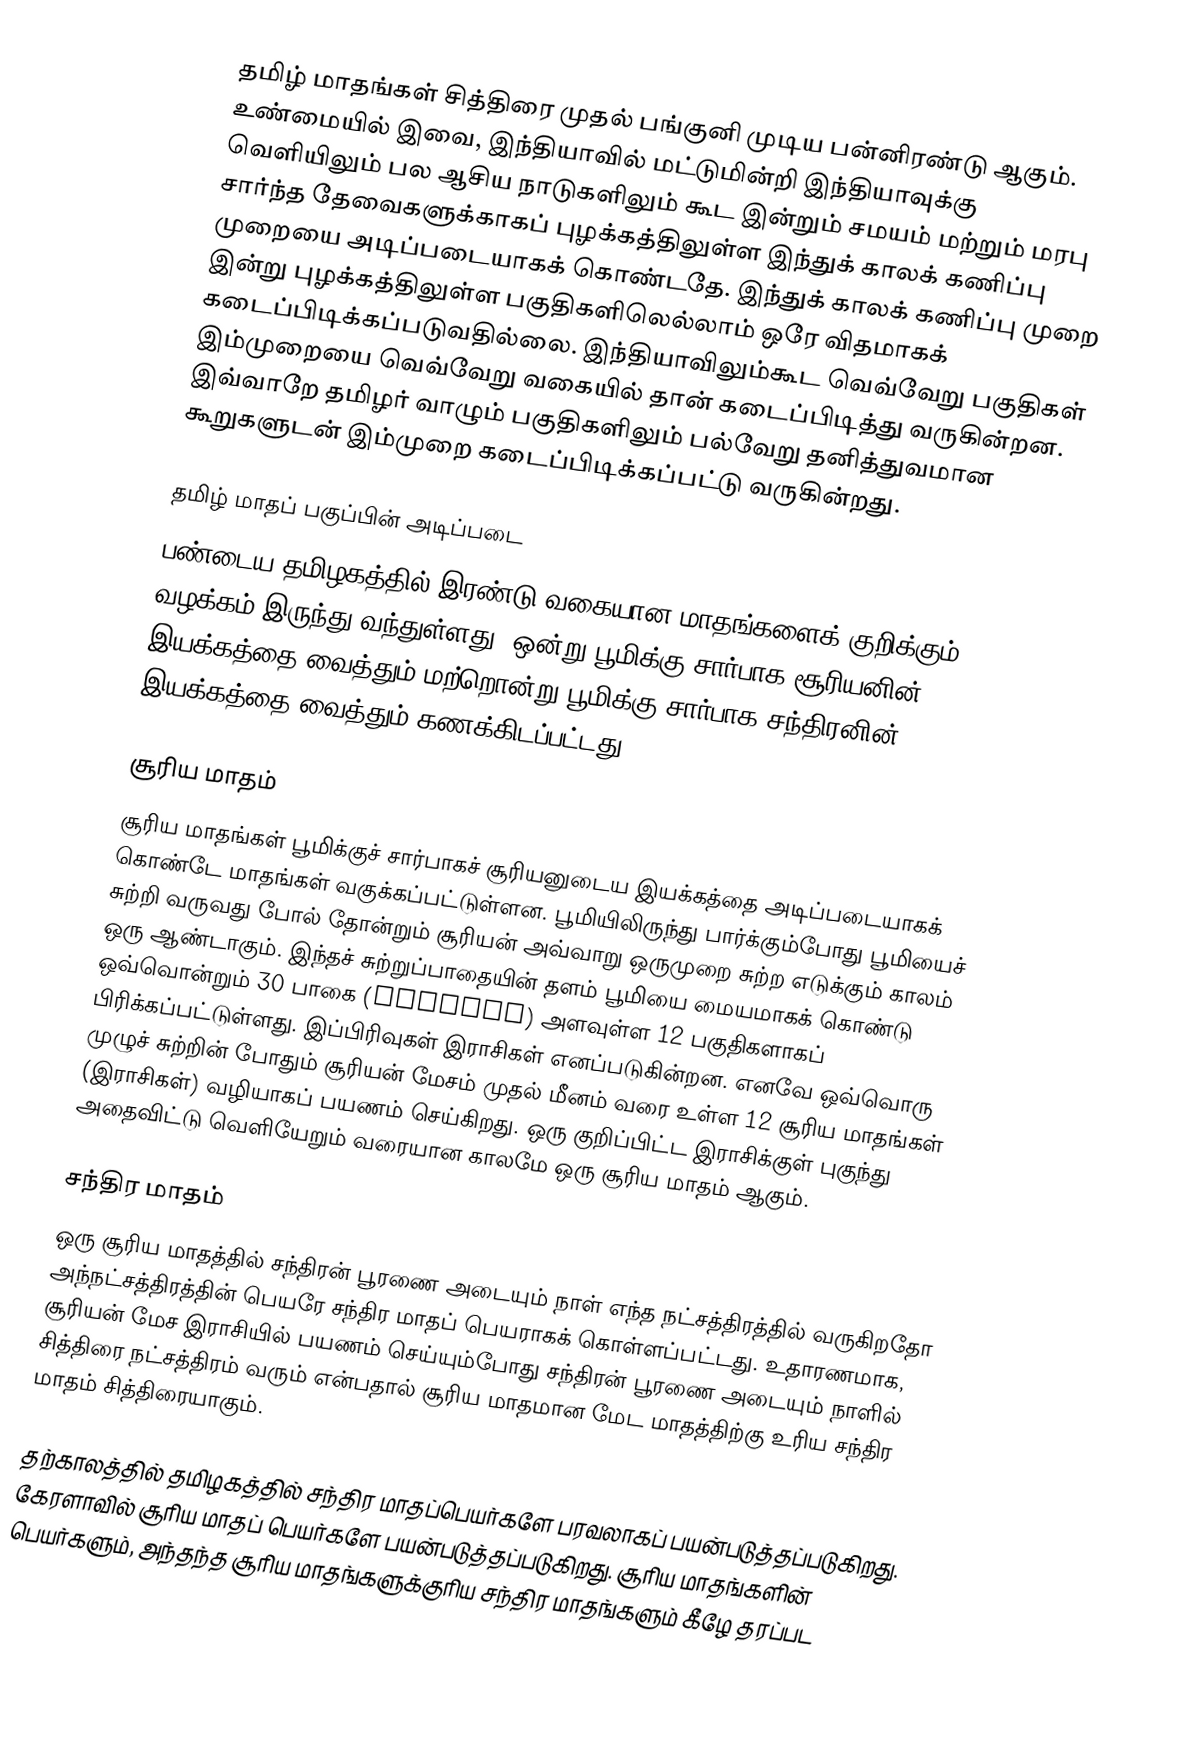
தமிழ் மாதங்கள் சித்திரை முதல் பங்குனி முடிய பன்னிரண்டு ஆகும். உண்மையில் இவை, இந்தியாவில் மட்டுமின்றி இந்தியாவுக்கு வெளியிலும் பல ஆசிய நாடுகளிலும் கூட  இன்றும் சமயம் மற்றும் மரபு சார்ந்த தேவைகளுக்காகப் புழக்கத்திலுள்ள இந்துக் காலக் கணிப்பு முறையை அடிப்படையாகக் கொண்டதே. இந்துக் காலக் கணிப்பு முறை இன்று புழக்கத்திலுள்ள பகுதிகளிலெல்லாம் ஒரே விதமாகக் கடைப்பிடிக்கப்படுவதில்லை. இந்தியாவிலும்கூட வெவ்வேறு பகுதிகள் இம்முறையை வெவ்வேறு வகையில் தான் கடைப்பிடித்து வருகின்றன. இவ்வாறே தமிழர் வாழும் பகுதிகளிலும் பல்வேறு தனித்துவமான கூறுகளுடன் இம்முறை கடைப்பிடிக்கப்பட்டு வருகின்றது.

தமிழ் மாதப் பகுப்பின் அடிப்படை
பண்டைய தமிழகத்தில் இரண்டு வகையான மாதங்களைக் குறிக்கும் வழக்கம் இருந்து வந்துள்ளது. ஒன்று பூமிக்கு சார்பாக சூரியனின் இயக்கத்தை வைத்தும் மற்றொன்று பூமிக்கு சார்பாக சந்திரனின் இயக்கத்தை வைத்தும் கணக்கிடப்பட்டது.

சூரிய மாதம்
சூரிய மாதங்கள் பூமிக்குச் சார்பாகச் சூரியனுடைய இயக்கத்தை அடிப்படையாகக் கொண்டே மாதங்கள் வகுக்கப்பட்டுள்ளன. பூமியிலிருந்து பார்க்கும்போது பூமியைச் சுற்றி வருவது போல் தோன்றும் சூரியன் அவ்வாறு ஒருமுறை சுற்ற எடுக்கும் காலம் ஒரு ஆண்டாகும். இந்தச் சுற்றுப்பாதையின் தளம் பூமியை மையமாகக் கொண்டு  ஒவ்வொன்றும் 30 பாகை (degrees) அளவுள்ள 12 பகுதிகளாகப் பிரிக்கப்பட்டுள்ளது. இப்பிரிவுகள் இராசிகள் எனப்படுகின்றன. எனவே ஒவ்வொரு முழுச் சுற்றின் போதும் சூரியன் மேசம் முதல் மீனம் வரை உள்ள 12 சூரிய மாதங்கள் (இராசிகள்) வழியாகப் பயணம் செய்கிறது. ஒரு குறிப்பிட்ட இராசிக்குள் புகுந்து அதைவிட்டு வெளியேறும் வரையான காலமே ஒரு சூரிய மாதம் ஆகும்.

சந்திர மாதம்
ஒரு சூரிய மாதத்தில் சந்திரன் பூரணை அடையும் நாள் எந்த நட்சத்திரத்தில் வருகிறதோ அந்நட்சத்திரத்தின் பெயரே சந்திர மாதப் பெயராகக் கொள்ளப்பட்டது. உதாரணமாக, சூரியன் மேச இராசியில் பயணம் செய்யும்போது சந்திரன் பூரணை அடையும் நாளில் சித்திரை நட்சத்திரம் வரும் என்பதால் சூரிய மாதமான மேட மாதத்திற்கு உரிய சந்திர மாதம் சித்திரையாகும்.

தற்காலத்தில் தமிழகத்தில் சந்திர மாதப்பெயர்களே பரவலாகப் பயன்படுத்தப்படுகிறது. கேரளாவில் சூரிய மாதப் பெயர்களே பயன்படுத்தப்படுகிறது. சூரிய மாதங்களின் பெயர்களும், அந்தந்த சூரிய மாதங்களுக்குரிய சந்திர மாதங்களும் கீழே தரப்பட